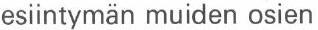
esiintymän muiden osien